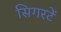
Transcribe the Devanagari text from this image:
सिगरटें